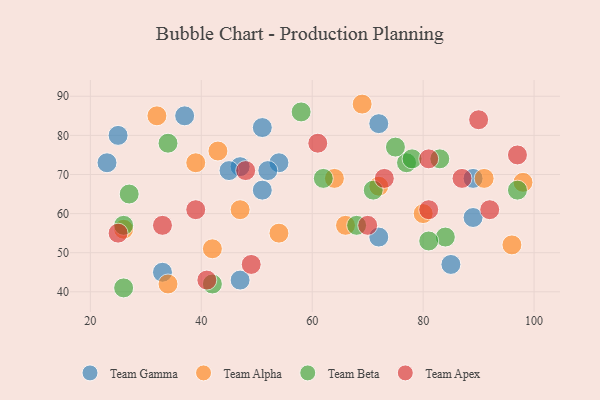
{"axis": {"x": "GDP", "y": "Life Expectancy"}, "legend": ["Team Alpha", "Team Apex", "Team Beta", "Team Gamma"], "data": [{"x": "89", "y": 59, "type": "Team Gamma"}, {"x": "72", "y": 54, "type": "Team Gamma"}, {"x": "51", "y": 66, "type": "Team Gamma"}, {"x": "54", "y": 73, "type": "Team Gamma"}, {"x": "47", "y": 72, "type": "Team Gamma"}, {"x": "72", "y": 83, "type": "Team Gamma"}, {"x": "51", "y": 82, "type": "Team Gamma"}, {"x": "45", "y": 71, "type": "Team Gamma"}, {"x": "47", "y": 43, "type": "Team Gamma"}, {"x": "25", "y": 80, "type": "Team Gamma"}, {"x": "33", "y": 45, "type": "Team Gamma"}, {"x": "89", "y": 69, "type": "Team Gamma"}, {"x": "85", "y": 47, "type": "Team Gamma"}, {"x": "23", "y": 73, "type": "Team Gamma"}, {"x": "52", "y": 71, "type": "Team Gamma"}, {"x": "37", "y": 85, "type": "Team Gamma"}, {"x": "42", "y": 51, "type": "Team Alpha"}, {"x": "69", "y": 88, "type": "Team Alpha"}, {"x": "72", "y": 67, "type": "Team Alpha"}, {"x": "91", "y": 69, "type": "Team Alpha"}, {"x": "26", "y": 56, "type": "Team Alpha"}, {"x": "98", "y": 68, "type": "Team Alpha"}, {"x": "54", "y": 55, "type": "Team Alpha"}, {"x": "34", "y": 42, "type": "Team Alpha"}, {"x": "43", "y": 76, "type": "Team Alpha"}, {"x": "39", "y": 73, "type": "Team Alpha"}, {"x": "66", "y": 57, "type": "Team Alpha"}, {"x": "32", "y": 85, "type": "Team Alpha"}, {"x": "47", "y": 61, "type": "Team Alpha"}, {"x": "96", "y": 52, "type": "Team Alpha"}, {"x": "64", "y": 69, "type": "Team Alpha"}, {"x": "80", "y": 60, "type": "Team Alpha"}, {"x": "26", "y": 41, "type": "Team Beta"}, {"x": "58", "y": 86, "type": "Team Beta"}, {"x": "71", "y": 66, "type": "Team Beta"}, {"x": "77", "y": 73, "type": "Team Beta"}, {"x": "75", "y": 77, "type": "Team Beta"}, {"x": "68", "y": 57, "type": "Team Beta"}, {"x": "27", "y": 65, "type": "Team Beta"}, {"x": "84", "y": 54, "type": "Team Beta"}, {"x": "78", "y": 74, "type": "Team Beta"}, {"x": "26", "y": 57, "type": "Team Beta"}, {"x": "81", "y": 53, "type": "Team Beta"}, {"x": "83", "y": 74, "type": "Team Beta"}, {"x": "62", "y": 69, "type": "Team Beta"}, {"x": "97", "y": 66, "type": "Team Beta"}, {"x": "34", "y": 78, "type": "Team Beta"}, {"x": "42", "y": 42, "type": "Team Beta"}, {"x": "25", "y": 55, "type": "Team Apex"}, {"x": "81", "y": 61, "type": "Team Apex"}, {"x": "97", "y": 75, "type": "Team Apex"}, {"x": "70", "y": 57, "type": "Team Apex"}, {"x": "39", "y": 61, "type": "Team Apex"}, {"x": "90", "y": 84, "type": "Team Apex"}, {"x": "48", "y": 71, "type": "Team Apex"}, {"x": "33", "y": 57, "type": "Team Apex"}, {"x": "61", "y": 78, "type": "Team Apex"}, {"x": "87", "y": 69, "type": "Team Apex"}, {"x": "41", "y": 43, "type": "Team Apex"}, {"x": "81", "y": 74, "type": "Team Apex"}, {"x": "92", "y": 61, "type": "Team Apex"}, {"x": "73", "y": 69, "type": "Team Apex"}, {"x": "49", "y": 47, "type": "Team Apex"}]}